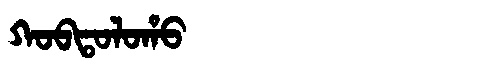
Manchu: ᡴᠣᠪᡨᠣᠯᠣᡥᠣ
Romanization: KOBTOLOHO